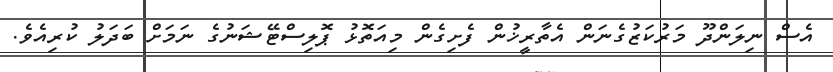
އެސް ނިލަންދޫ މަރުކަޒުގެނަން އެތާރީޚުން ފެށިގެން މިއަތޮޅު ޕޮލިސްޓޭޝަނުގެ ނަމަށް ބަދަލު ކުރިއެވެ.